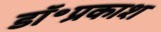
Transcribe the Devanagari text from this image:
डॉ॰प्रकाश